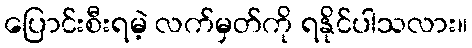
ပြောင်းစီးရမဲ့ လက်မှတ်ကို ရနိုင်ပါသလား။